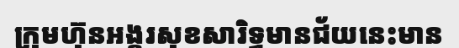
ក្រុមហ៊ុនអង្គរសុខសារិទ្ធមានជ័យនេះមាន